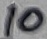
Text: 10